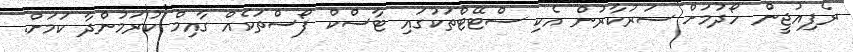
ރެފިއުޖީން ހޯދުމަށް ސަރުކާރުން އެކި ސްޓޭޓްތަކުގައި ޓާސްކް ފޯސްތަކެއް ގާއިމް ކުރަމުންދާ ކަމަށް.